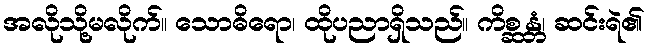
အလိုသို့မလိုက်။ သောဓိရော၊ ထိုပညာရှိသည်။ ကိစ္ဆန္တံ၊ ဆင်းရဲ၏